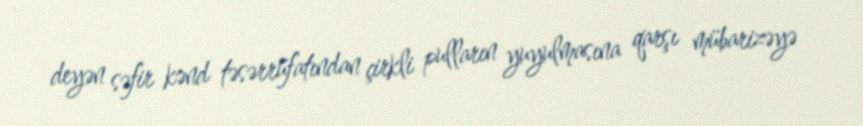
deyən səfir kənd təsərrüfatından çirkli pulların yuyulmasına qarşı mübarizəyə